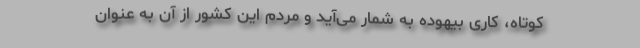
کوتاه، کاری بیهوده به شمار می‌آید و مردم این کشور از آن به عنوان